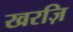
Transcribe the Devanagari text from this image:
खरज़ि